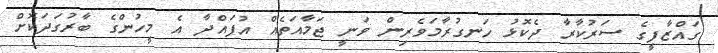
ގައްޒާފީގެ ސަރުކާރާ ދެކޮޅު ހަނގުރާމަވެރިން ވަނީ ޖަމާއަތެއް އުފައްދާ އެ މީހުންގެ ބާރުގަދަކޮށް